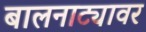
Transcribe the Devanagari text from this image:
बालनाट्यावर